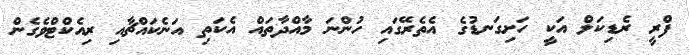
ފްރީ ރެޑިކަލް އަކީ ހަށިގަނޑުގެ އެތެރޭގައި ހުންނަ މާއްދާތައް އެކަތި އަނެކައްޗާއި ރިއެކްޓްވެގެން